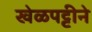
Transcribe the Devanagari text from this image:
खेळपट्टीने